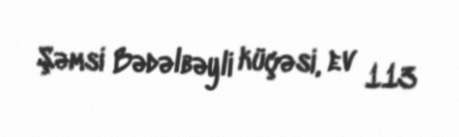
Şəmsi Bədəlbəyli küçəsi, ev 113